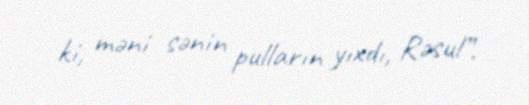
ki, məni sənin pulların yıxdı, Rəsul”.